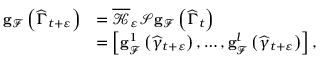
\begin{array} { r l } { \mathbf { g } _ { \mathcal { F } } \left( \widehat { \Gamma } _ { t + \varepsilon } \right) } & { = \overline { { \mathcal { K } } } _ { \varepsilon } \mathcal { S } \mathbf { g } _ { \mathcal { F } } \left( \widehat { \Gamma } _ { t } \right) } \\ & { = \left[ \mathbf { g } _ { \mathcal { F } } ^ { 1 } \left( \widehat { \gamma } _ { t + \varepsilon } \right) , \ldots , \mathbf { g } _ { \mathcal { F } } ^ { l } \left( \widehat { \gamma } _ { t + \varepsilon } \right) \right] , } \end{array}